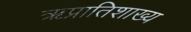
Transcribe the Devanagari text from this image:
ऋप्रातिशाख्य